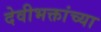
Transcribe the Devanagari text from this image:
देवीभक्तांच्या